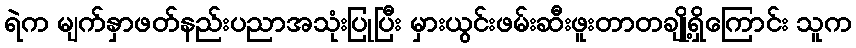
ရဲက မျက်နှာဖတ်နည်းပညာအသုံးပြုပြီး မှားယွင်းဖမ်းဆီးဖူးတာတချို့ရှိကြောင်း သူက